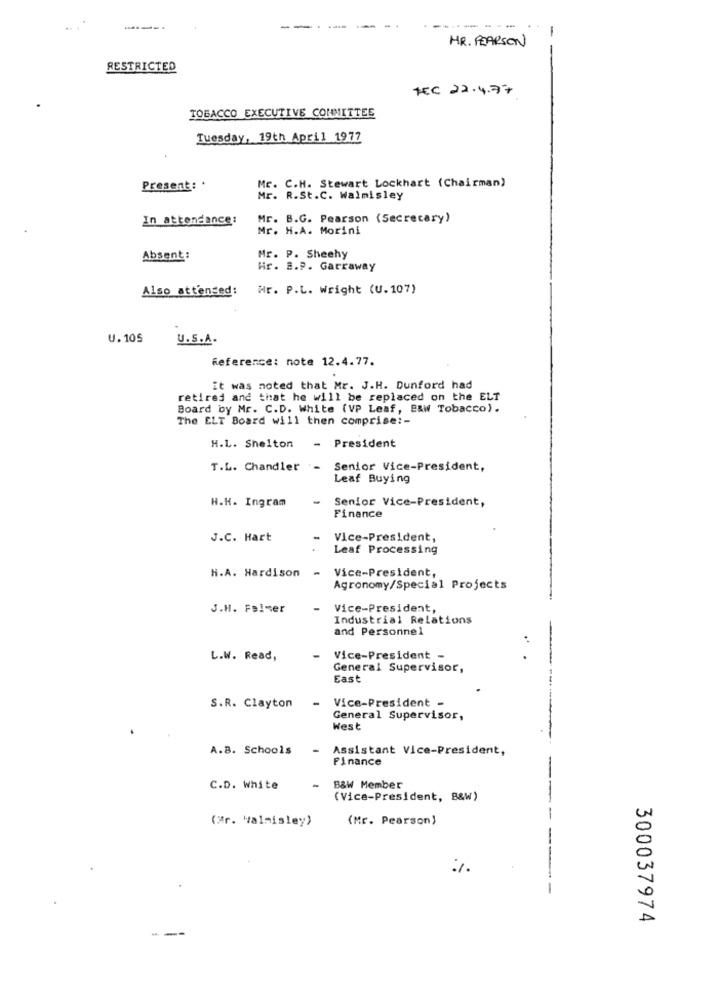
----.
--
---
-
HR. PEARSON
RESTRICTED
TEC 22.4.77
TOBACCO EXECUTIVE COMMITTEE
Tuesday, 19th April 1977
Mr. C.H. Stewart Lockhart (Chairman)
Present: .
Mr. R.St.C. Walmisley
In attendance:
Mr. B.G. Pearson (Secrecary)
Mr. H.A. Morini
Absent:
Mr. P. Sheehy
Hr. S.P. Garraway
Also attended:
Mr. P.L. Wright (U. 107)
U. 105
U.S.A.
Reference: note 12.4.77.
it was noted that Mr. J.H. Dunford had
retired and that he will be replaced on the ELT
Board by Mr. C.D. White (VP Leaf, B&W Tobacco).
The ELT Board will then comprise :-
H.L. Shelton
- President
T.L. Chandler -
Senior Vice-President,
Leaf Buying
H.K. Ingram
Senior Vice-President,
Finance
J.C. Hart
Vice-President,
Leaf Processing
-
Vice-President,
H.A. Hardison
Agronomy/Special Projects
J.H. Felmer
Vice-President,
Industrial Relations
and Personnel
L.W. Read,
Vice-President -
General Supervisor,
East
Vice-President -
S.R. Clayton
General Supervisor,
West
A.B. Schools
- Assistant Vice-President,
Finance
C.D. White
B&W Member
(Vice-President, B&W)
(Mr. valmisley)
(Mr. Pearson)
%
-
300037974